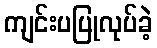
ကျင်းပပြုလုပ်ခဲ့